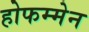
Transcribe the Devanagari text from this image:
होफम्मेन